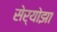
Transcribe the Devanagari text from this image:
सेर्योझा